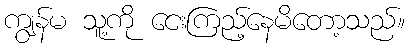
ကျွန်မ သူ့ကို ငေးကြည့်နေမိတော့သည်။